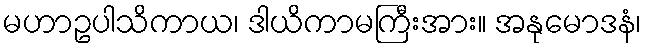
မဟာဥပါသိကာယ၊ ဒါယိကာမကြီးအား။ အနုမောဒနံ၊